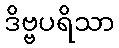
ဒိဗ္ဗပရိသာ